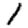
Digit: 1